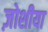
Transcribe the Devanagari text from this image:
ज़ोशीया